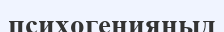
психогенияныд